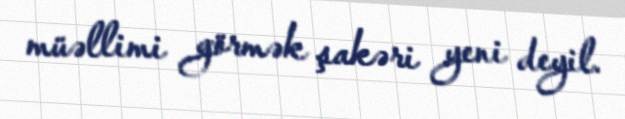
müəllimi görmək şakəri yeni deyil.